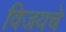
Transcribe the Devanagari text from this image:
विजयचे